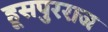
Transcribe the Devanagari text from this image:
हूसपुरराज